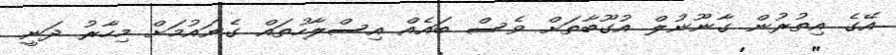
އޭގެ އިތުރުން ގާނޫނުލް އުގޫބާތަށް ވެސް ބައެއް އިސްލާހުތައް ގެނައުމަށް މިހާރު ދަނީ